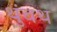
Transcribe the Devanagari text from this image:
थुंचथ